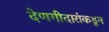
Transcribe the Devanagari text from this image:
देणगीदारांकडून